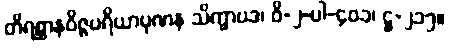
တိရစ္ဆာနဝိဇ္ဇပရိယာပုဏန သိက္ခာပဒ၊ ဝိ-၂-ပါ-၄၀၁၊ ဋ္ဌ-၂၁၅။